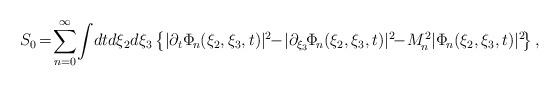
LaTeX: \begin{align*}S_{0}\!=\!\sum_{n=0}^{\infty}\!\int\!dtd\xi_{2}d\xi_{3}\left\{|\partial_{t}\Phi_{\!n}(\xi_{2},\xi_{3},t)|^{2}\!\!-\!|\partial_{\xi_{3}}\!\Phi_{\!n}(\xi_{2},\xi_{3},t)|^{2}\!\!-\!M_{\!n}^{2}|\Phi_{\!n}(\xi_{2},\xi_{3},t)|^{2}\!\right\},\end{align*}